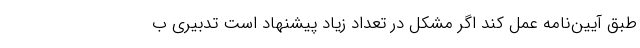
طبق آیین‌نامه عمل کند اگر مشکل در تعداد زیاد پیشنهاد است تدبیری ب